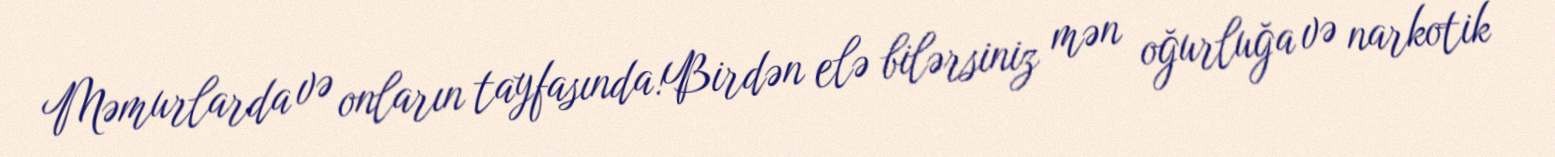
Məmurlarda və onların tayfasında!Birdən elə bilərsiniz mən oğurluğa və narkotik